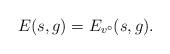
LaTeX: \begin{align*}E(s,g) = E_{v^{\circ}}(s,g). \end{align*}